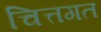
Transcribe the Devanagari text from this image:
चित्तगत